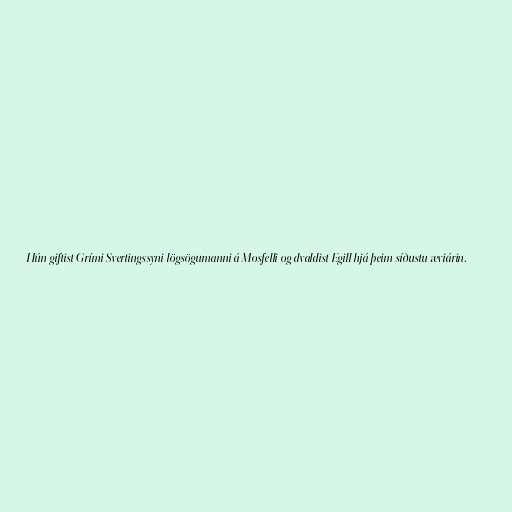
Hún giftist Grími Svertingssyni lögsögumanni á Mosfelli og dvaldist Egill hjá þeim síðustu æviárin.